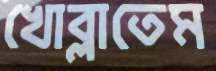
খোব্‌লাতেম